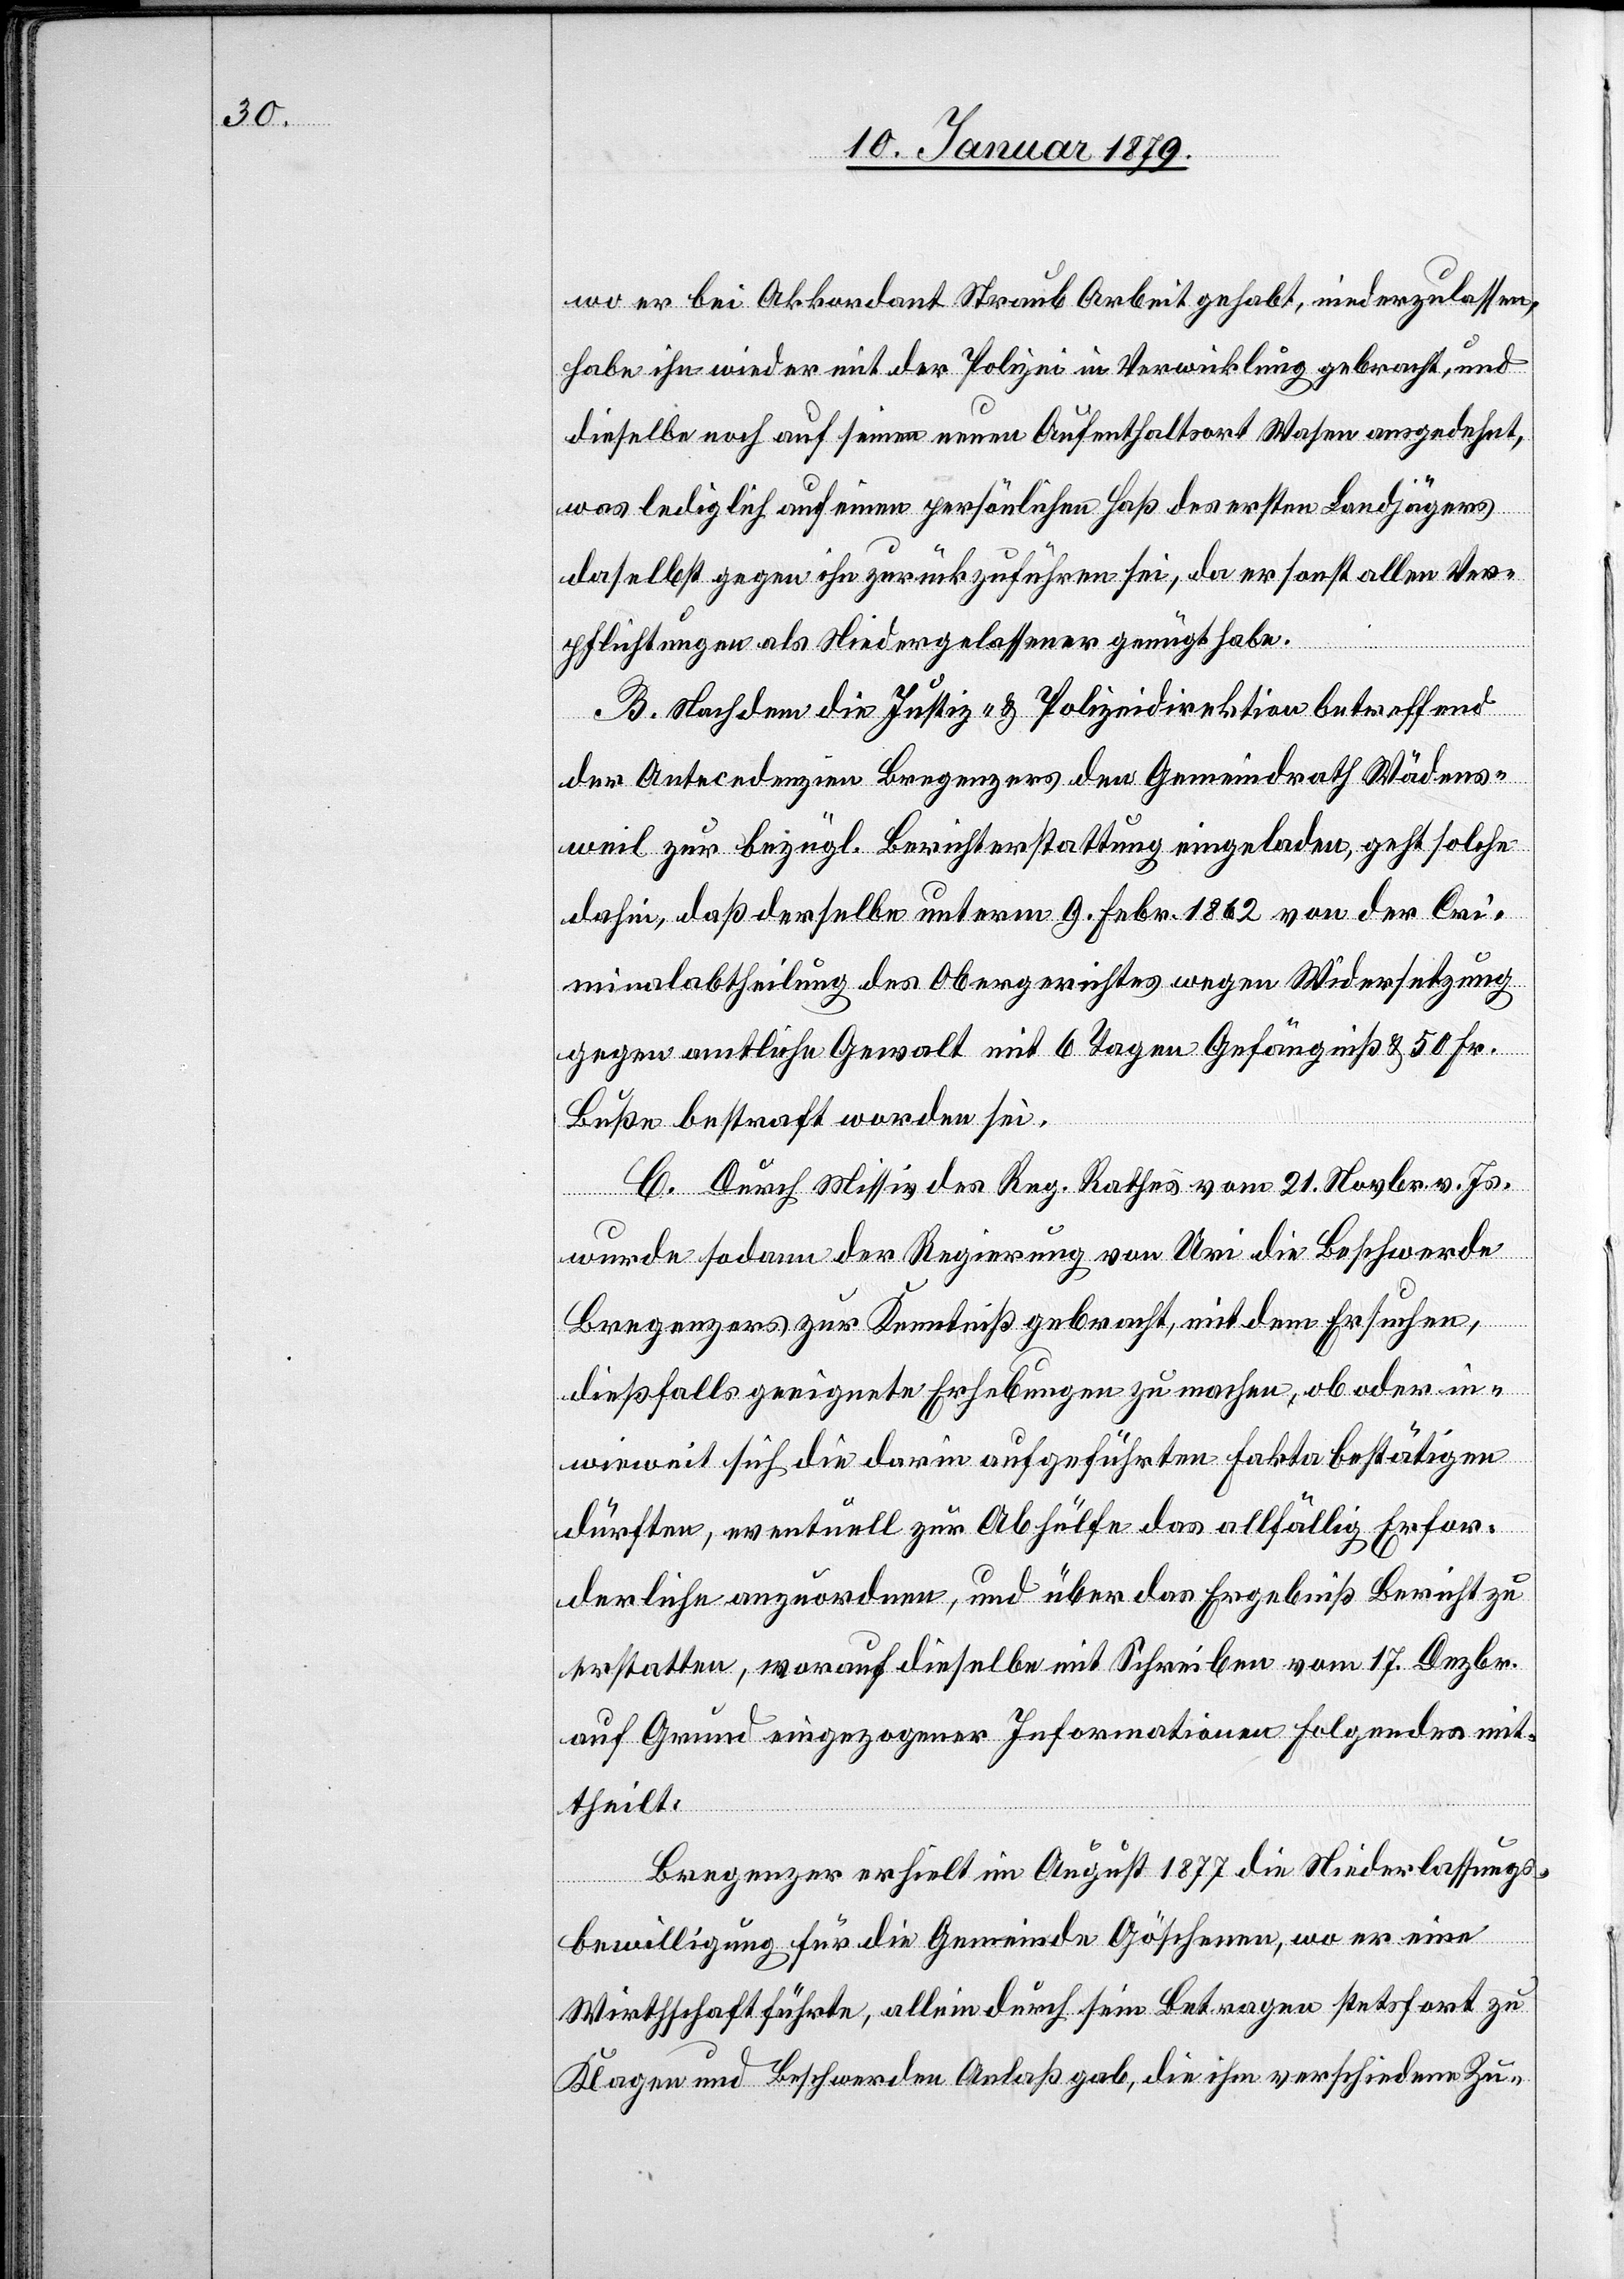
wo er bei Akkordant Straub Arbeit gehabt, niederzulassen,
habe ihn wieder mit der Polizei in Verwicklung gebracht, und
dieselbe noch auf seinen neuen Auftenthaltsort Wasen ausgedehnt,
was lediglich auf einen persönlichen Haß des ersten Landjägers
daselbst gegen ihn zurückzuführen sei, da er sonst allen Ver¬
pflichtungen als Niedergelassener genügt habe.
B. Nachdem die Justiz- & Polizeidirektion betreffend
der Antecedenzien Bregenzers den Gemeindrath Wädens¬
weil zur bezügl. Berichterstattung eingeladen, geht solche
dahin, daß derselbe unterm 9. Febr. 1862 von der Cri¬
minalabtheilung des Obergerichtes wegen Widersetzung
gegen amtliche Gewalt mit 6 Tagen Gefängniß & 50 Fr.
Buße bestraft worden sei.
C. Durch Missiv des Reg. Rathes vom 21. Novbr. v. Js.
wurde sodann der Regierung von Uri die Beschwerde
Bregenzers zur Kenntniß gebracht, mit dem Ersuchen,
dießfalls geeignete Erhebungen zu machen, ob oder in¬
wieweit sich die darin aufgeführten Fakta bestätigen
dürften, eventuell zur Abhülfe das allfällig Erfor¬
derliche anzuordnen, und über das Ergebniß Bericht zu
erstatten, worauf dieselbe mit Schreiben vom 17. Dezbr.
auf Grunde eingezogener Informationen folgendes mit¬
theilt:
Bregenzer erhielt im August 1877 die Niederlassungs¬
bewilligung für die Gemeinde Göschenen, wo er eine
Wirthschaft führte, allein durch sein Betragen stetsfort zu
Klagen und Beschwerden Anlaß gab, die ihm verschiedene Zu-